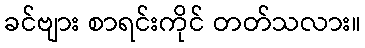
ခင်ဗျား စာရင်းကိုင် တတ်သလား။